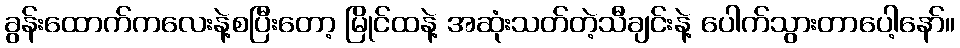
ခွန်းထောက်ကလေးနဲ့စပြီးတော့ မြိုင်ထနဲ့ အဆုံးသတ်တဲ့သီချင်းနဲ့ ပေါက်သွားတာပေါ့နော်။